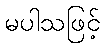
မပါသဖြင့်